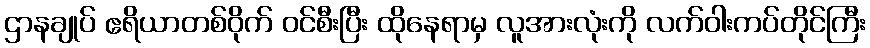
ဌာနချုပ် ဧရိယာတစ်ဝိုက် ဝင်စီးပြီး ထိုနေရာမှ လူအားလုံးကို လက်ဝါးကပ်တိုင်ကြီး